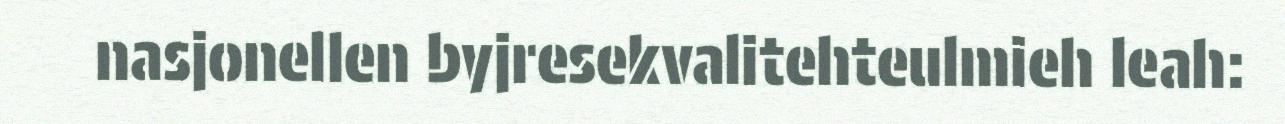
nasjonellen byjresekvalitehteulmieh leah: